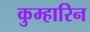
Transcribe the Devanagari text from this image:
कुम्हारिन